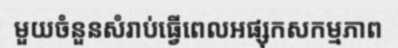
មួយចំនួនសំរាប់ធ្វើពេលអផ្សុកសកម្មភាព